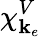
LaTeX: \chi_{\mathbf{k}_{e}}^{V}